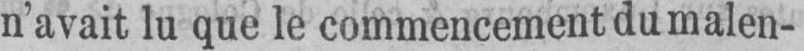
n’avait lu que le commencement du malen-